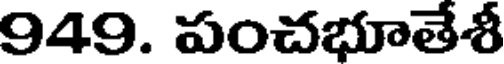
949. పంచభూతేశీ